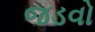
જડવો